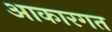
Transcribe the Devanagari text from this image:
आकारगत